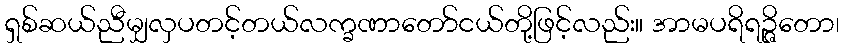
ရှစ်ဆယ်ညီမျှလှပတင့်တယ်လက္ခဏာတော်ငယ်တို့ဖြင့်လည်း။ အာမပရိရဉ္ဇိတော၊